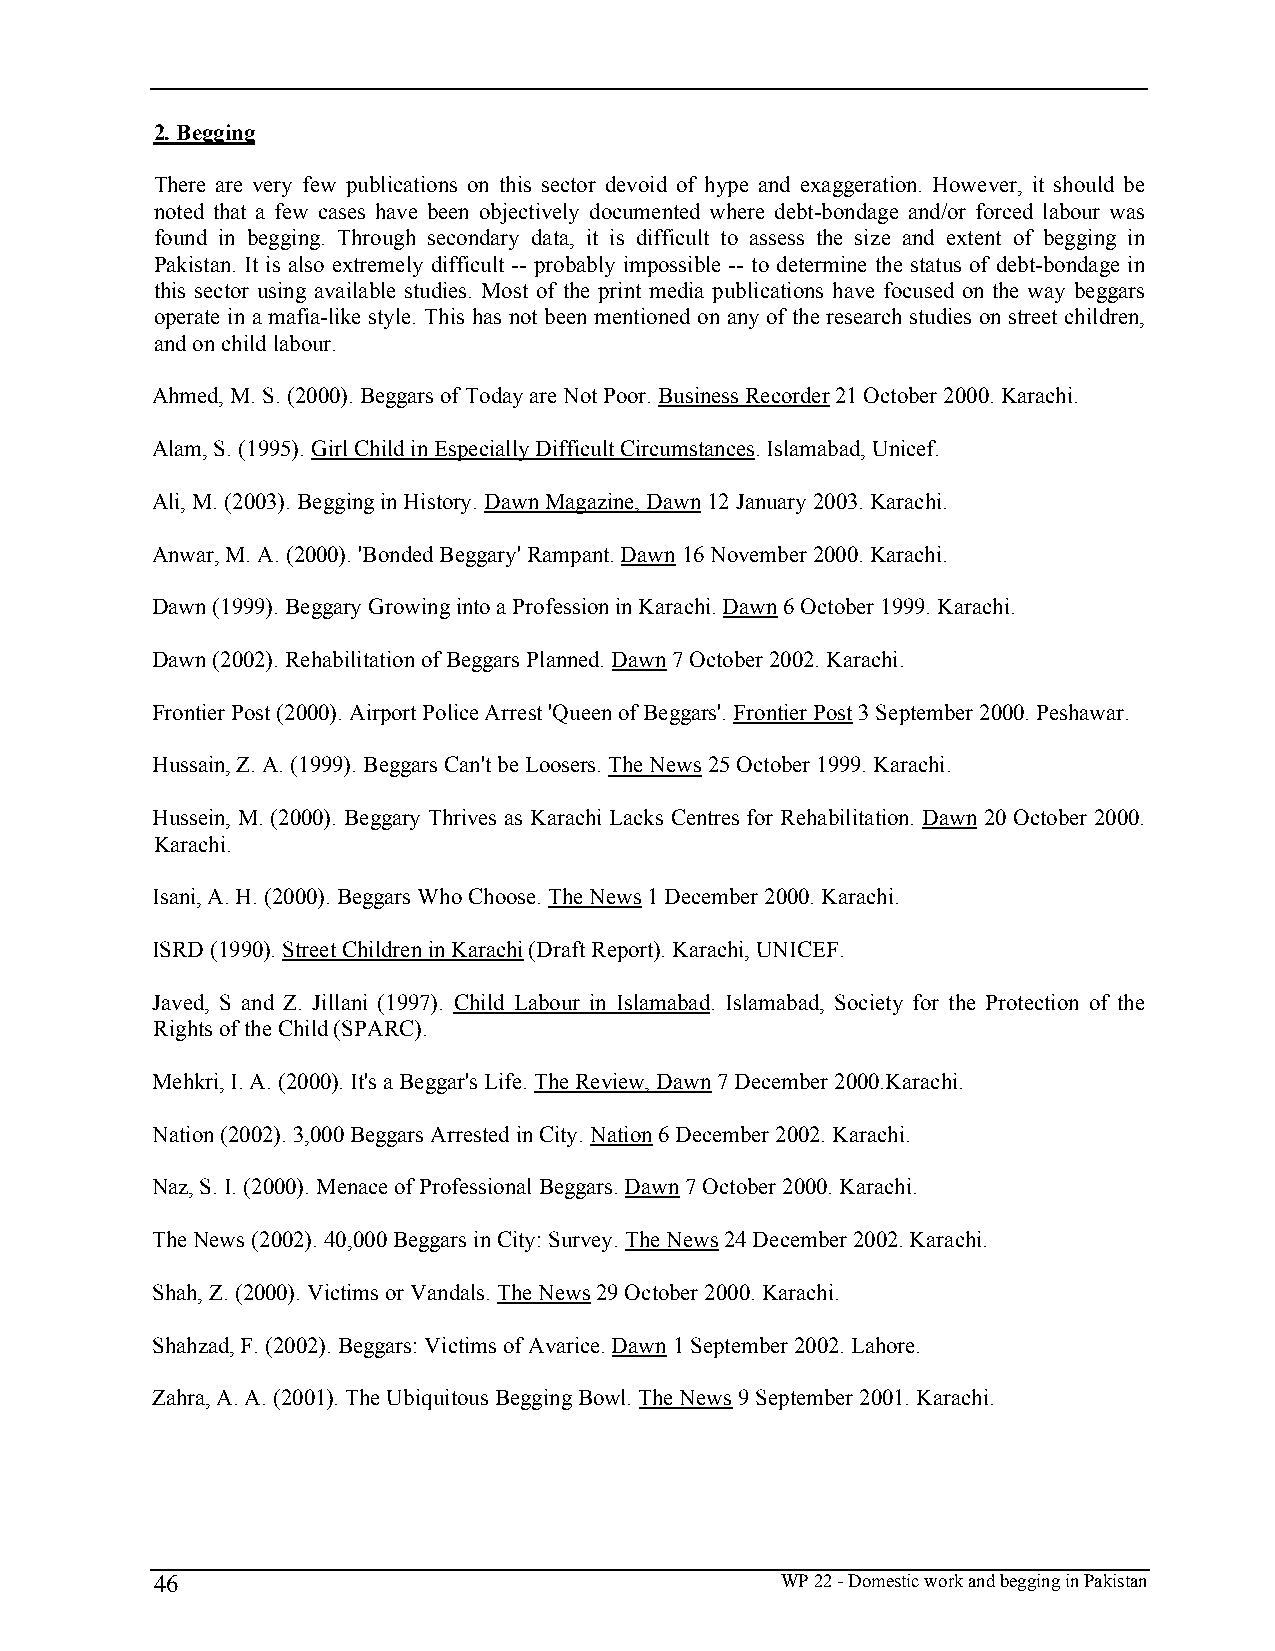
2. Begging
 There are very few publications on this sector devoid of hype and exaggeration. However, it should be
 noted that a few cases have been objectively documented where debt-bondage and/or forced labour was
 found in begging. Through secondary data, it is difficult to assess the size and extent of begging in
 Pakistan. It is also extremely difficult -- probably impossible -- to determine the status of debt-bondage in
 this sector using available studies. Most of the print media publications have focused on the way beggars
 operate in a mafia-like style. This has not been mentioned on any of the research studies on street children,
 and on child labour.
 Ahmed, M. S. (2000). Beggars of Today are Not Poor. Business Recorder 21 October 2000. Karachi.
 Alam, S. (1995). Girl Child in Especially Difficult Circumstances. Islamabad, Unicef.
 Ali, M. (2003). Begging in History. Dawn Magazine, Dawn 12 January 2003. Karachi.
 Anwar, M. A. (2000). 'Bonded Beggary' Rampant. Dawn 16 November 2000. Karachi.
 Dawn (1999). Beggary Growing into a Profession in Karachi. Dawn 6 October 1999. Karachi.
 Dawn (2002). Rehabilitation of Beggars Planned. Dawn 7 October 2002. Karachi.
 Frontier Post (2000). Airport Police Arrest 'Queen of Beggars'. Frontier Post 3 September 2000. Peshawar.
 Hussain, Z. A. (1999). Beggars Can't be Loosers. The News 25 October 1999. Karachi.
 Hussein, M. (2000). Beggary Thrives as Karachi Lacks Centres for Rehabilitation. Dawn 20 October 2000.
 Karachi.
 Isani, A. H. (2000). Beggars Who Choose. The News 1 December 2000. Karachi.
 ISRD (1990). Street Children in Karachi (Draft Report). Karachi, UNICEF.
 Javed, S and Z. Jillani (1997). Child Labour in Islamabad. Islamabad, Society for the Protection of the
 Rights of the Child (SPARC).
 Mehkri, I. A. (2000). It's a Beggar's Life. The Review, Dawn 7 December 2000.Karachi.
 Nation (2002). 3,000 Beggars Arrested in City. Nation 6 December 2002. Karachi.
 Naz, S. I. (2000). Menace of Professional Beggars. Dawn 7 October 2000. Karachi.
 The News (2002). 40,000 Beggars in City: Survey. The News 24 December 2002. Karachi.
 Shah, Z. (2000). Victims or Vandals. The News 29 October 2000. Karachi.
 Shahzad, F. (2002). Beggars: Victims of Avarice. Dawn 1 September 2002. Lahore.
 Zahra, A. A. (2001). The Ubiquitous Begging Bowl. The News 9 September 2001. Karachi.
 46                                        WP 22 - Domestic work and begging in Pakistan